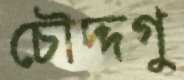
চৌদ্দগু